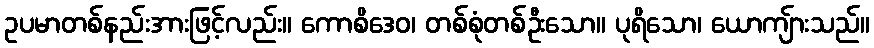
ဥပမာတစ်နည်းအားဖြင့်လည်း။ ကောစိဒေဝ၊ တစ်စုံတစ်ဦးသော။ ပုရိသော၊ ယောကျ်ားသည်။